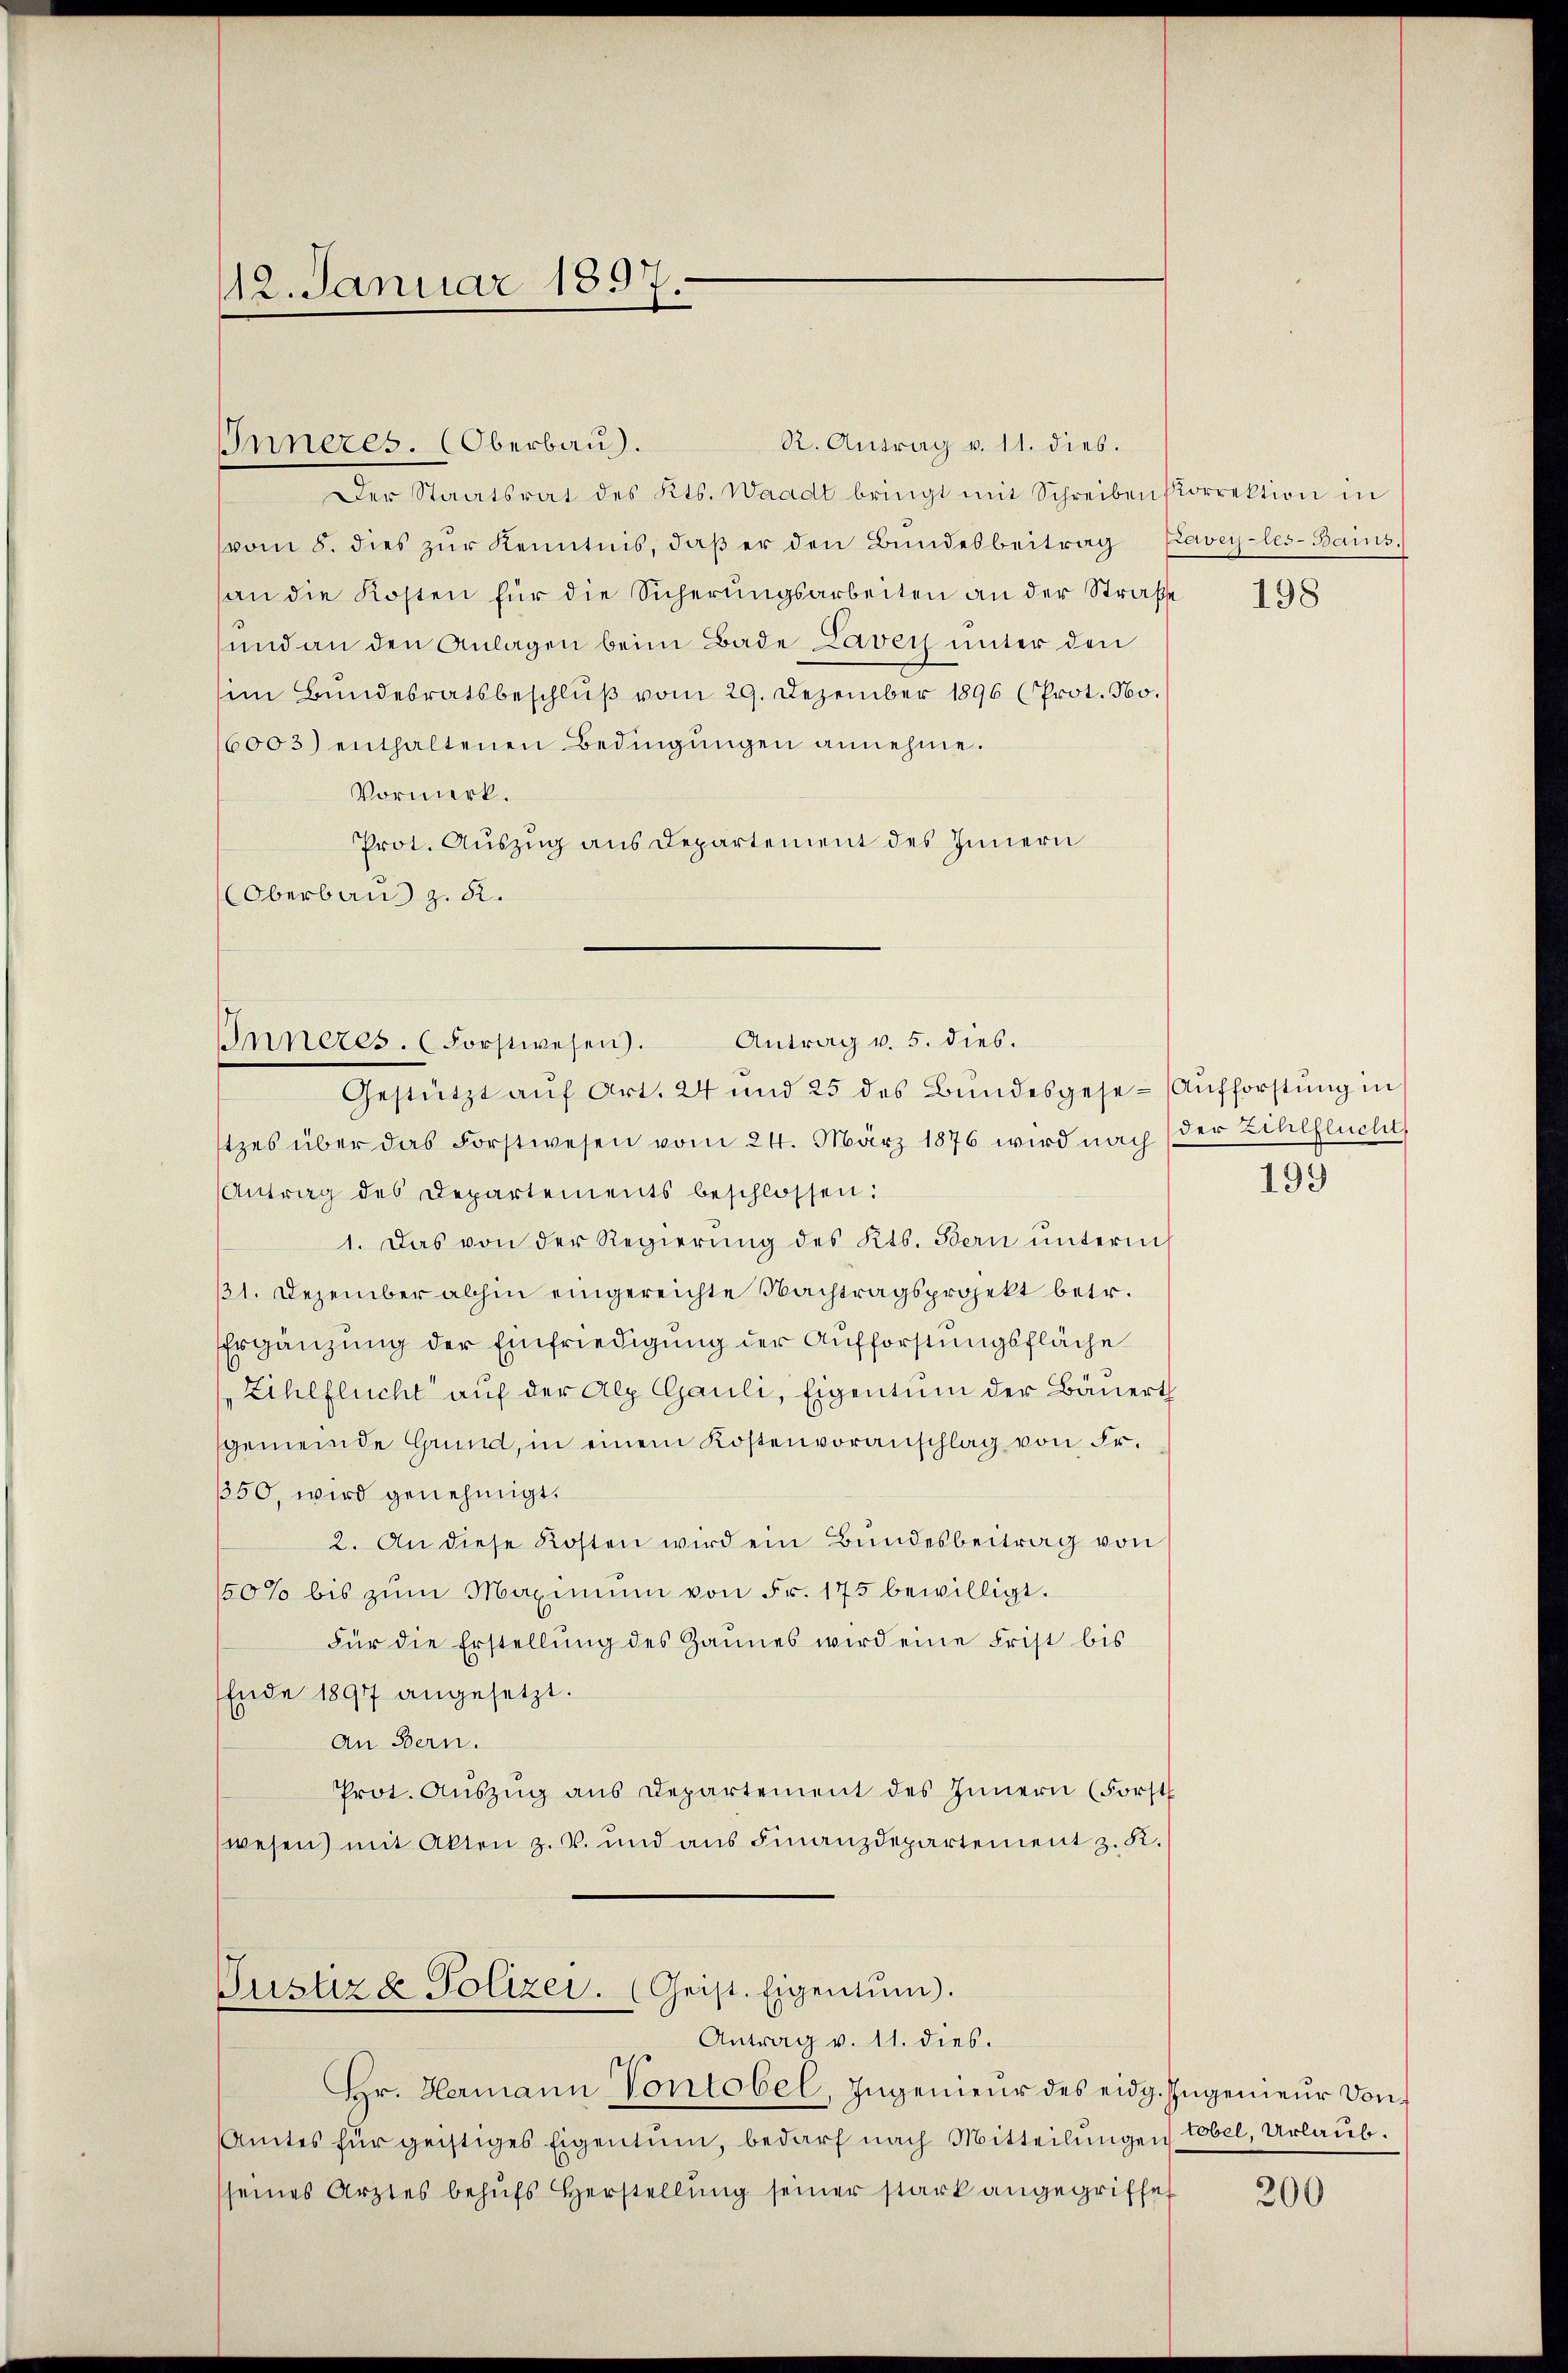
12. Januar 1897.

R. Antrag v. 11. dies.
Inneres. (Oberbau).
Der Staatsrat des Kts. Waadt bringt mit Schreiben korrektion in
vom 8. dies zŭr Kenntnis, daß er den Bundesbeitrag Eavey-les-Bains.
an die Kosten für die Sicherungsarbeiten an der Straße
sund an den Anlagen beim Bade Laver unter den
im Bundesratsbeschluß vom 29. Dezember 1896 (Prot. No.
6003) enthaltenen Bedingungen annehme.
Vormerk.
Prot. Auszug aus Departement des Innern
Oberbaus z. B.

Antrag v. 5. dies.
Inneres. (Forstwesen.

Gestützt auf Art. 24 und 25 des Bundesgese-Aufforstung in
tzes über das Forstwesen vom 24. März 1876 wird nach der Zihlflucht,
Antrag des Departements beschlossen:
1. Das von der Regierung des Kts. Bern unterm
11. Dezember abhin eingereichte Nachtragsprojekt betr.
Ergänzung der Einfriedigung der Aufforstungsfläche
Zihlflucht auf der Alp Gauli, Eigentum der Bäuert
gemeinde Grund, in einem Kostenvoranschlag von Fr.
50, wird genehmigt.
2. An diese Kosten wird ein Bundesbeitrag von
50% bis zŭm Maximum von Fr. 175 bewilligt.
für die Erstellŭng des Gaunes wird eine Frist bis
Ende 1897 angesetzt.
An Bern.
Prot. Aŭszŭg ans Departement des Innern (Forst
wesen) mit Akten z. v. und ans Finanzdepartement z. K.

Justiz & Polizei. Geist. Eigentum.
Antrag v. 11. dies.

Hr. Hermann Vontobel, Ingenieŭr des eidg. Ingenieŭr Don¬
Amtes für geistiges Eigentum, bedarf nach Mitteilŭngen tobel, Urlaub.
sseines Arztes behŭfs Herstellŭng seiner stark angegriffet

198

199

200